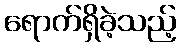
ရောက်ရှိခဲ့သည့်